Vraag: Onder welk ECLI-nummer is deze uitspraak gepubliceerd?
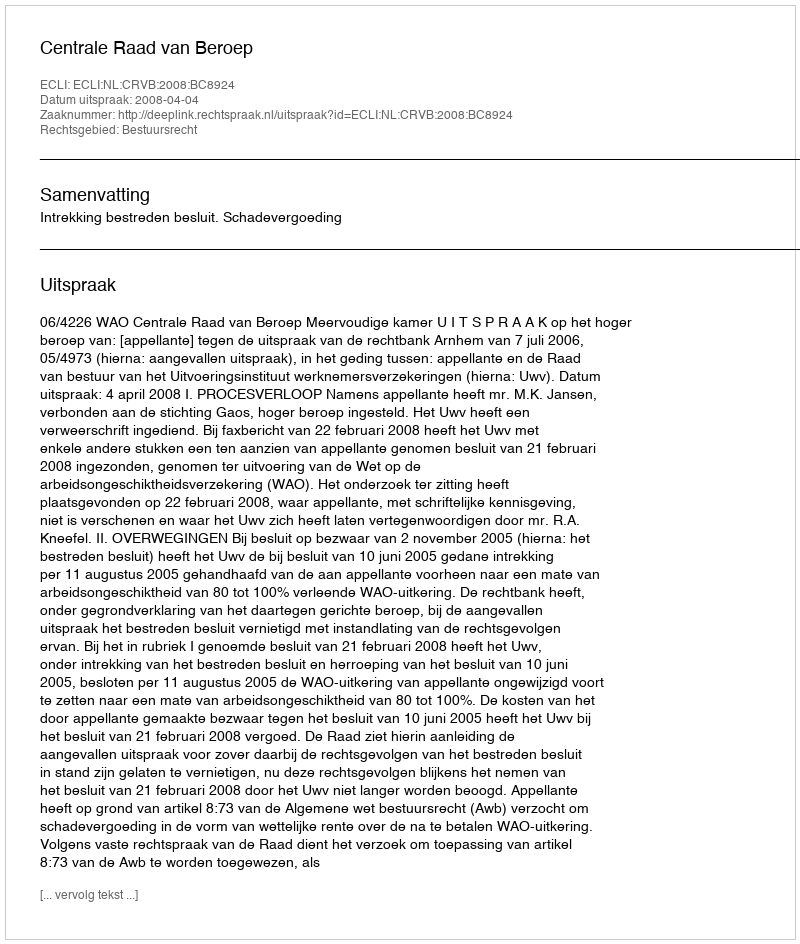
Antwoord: ECLI:NL:CRVB:2008:BC8924